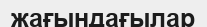
жағындағылар